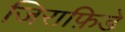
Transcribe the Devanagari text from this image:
जिराफ़िडे